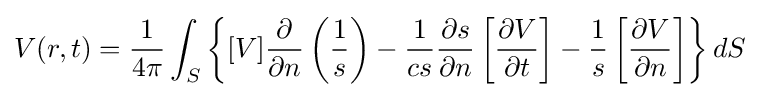
V(r,t)={\frac {1}{4\pi }}\int _{S}\left\{[V]{\frac {\partial }{\partial n}}\left({\frac {1}{s}}\right)-{\frac {1}{cs}}{\frac {\partial s}{\partial n}}\left[{\frac {\partial V}{\partial t}}\right]-{\frac {1}{s}}\left[{\frac {\partial V}{\partial n}}\right]\right\}dS